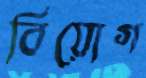
বিয়োগ